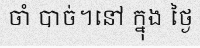
ចាំ បាច់។នៅ ក្នុង ថ្ងៃ